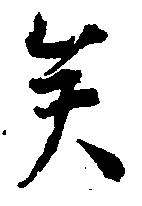
矣